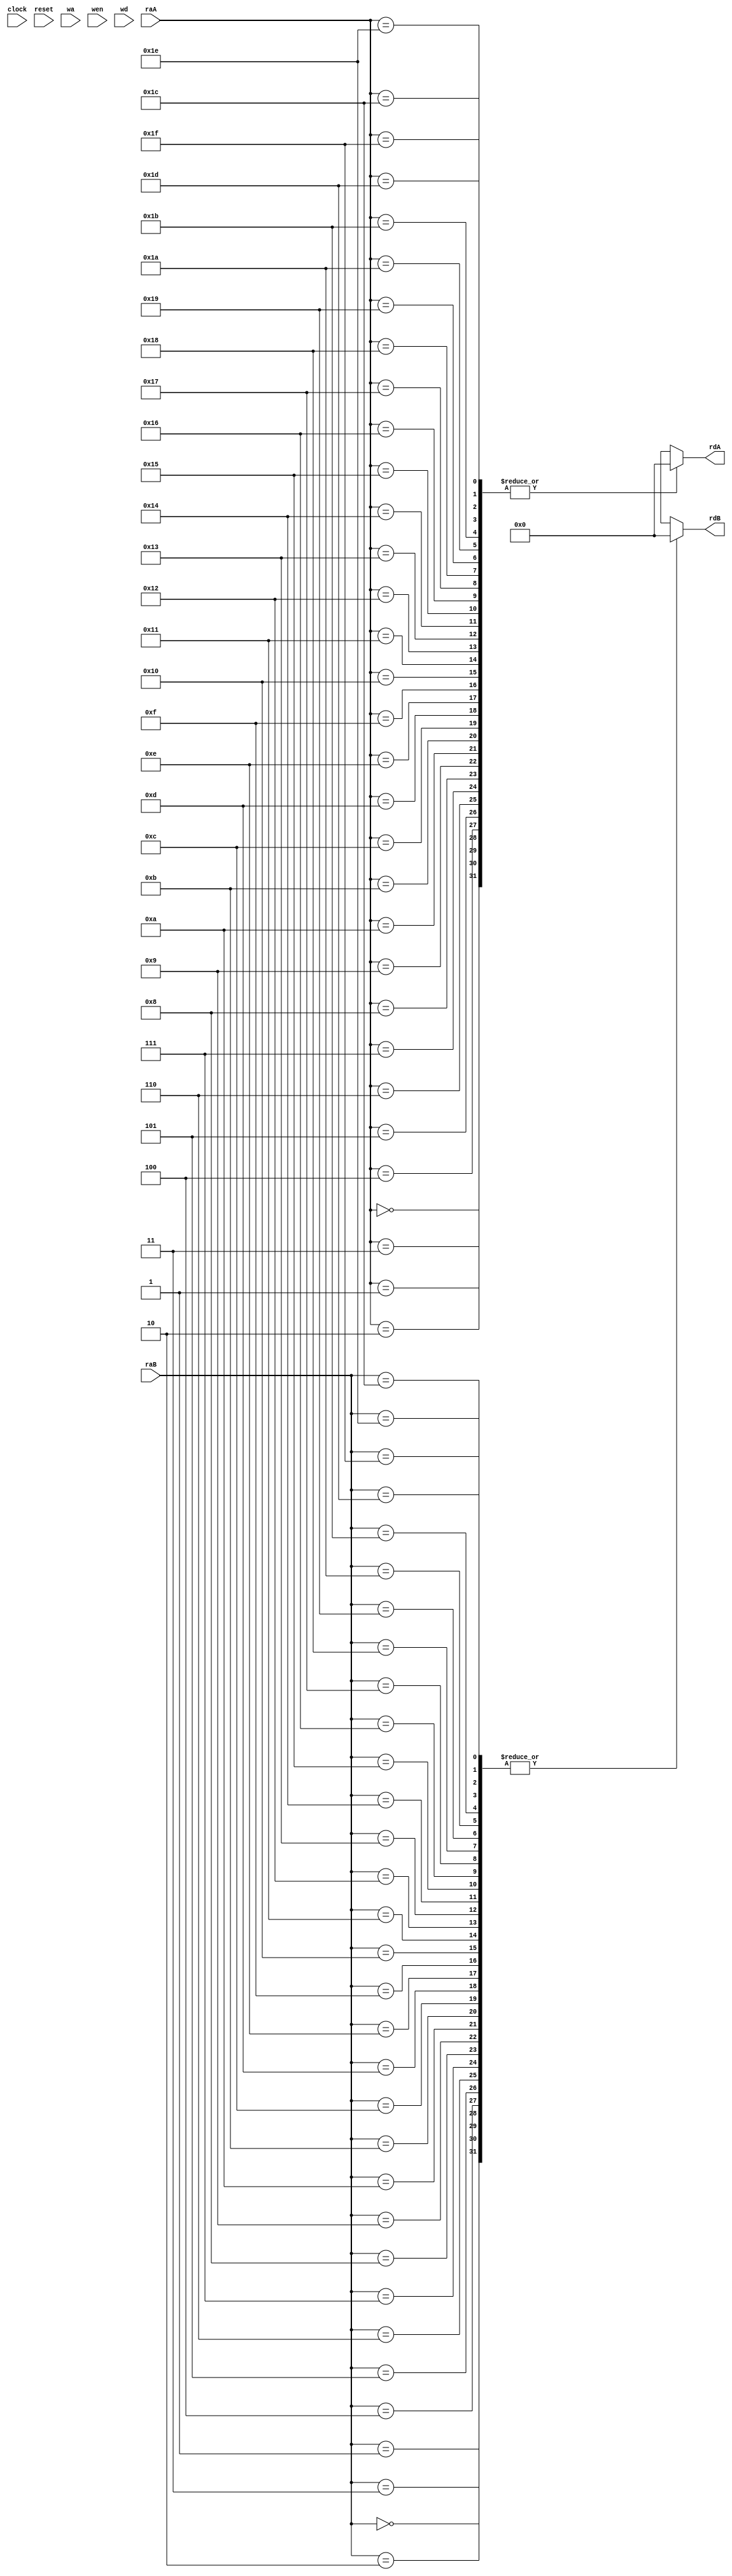
// Register File. Read ports: address raA, data rdA
//                            address raB, data rdB
//                Write port: address wa, data wd, enable wen.
module RegFile (clock, reset, raA, raB, wa, wen, wd, rdA, rdB);

input clock, reset, wen;
input [4:0] raA, raB, wa;
input [31:0] wd;

output [31:0] rdA, rdB;

integer i;
reg[31:0] data [31:0];

assign rdA = data[raA];
assign rdB = data[raB];

always @(negedge clock)
begin 
	if(wen)
		data[wa] <= wd;
end

always @(reset)
begin 
	for( i = 0 ; i < 32; i = i + 1)
		data[i] = 0;
end

endmodule